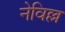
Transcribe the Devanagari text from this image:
नेविल्ल